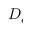
D _ { e }